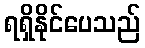
ရရှိနိုင်ပေသည်